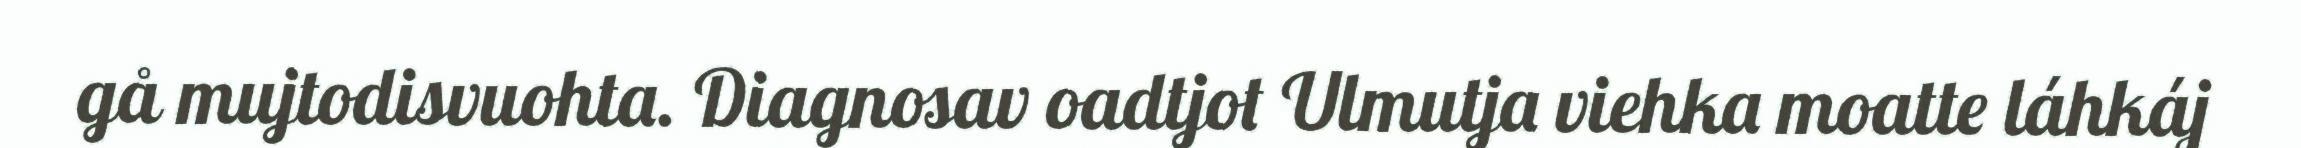
gå mujtodisvuohta. Diagnosav oadtjot Ulmutja viehka moatte láhkáj